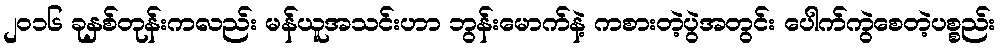
၂၀၁၆ ခုနှစ်တုန်းကလည်း မန်ယူအသင်းဟာ ဘွန်းမောက်နဲ့ ကစားတဲ့ပွဲအတွင်း ပေါက်ကွဲစေတဲ့ပစ္စည်း